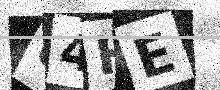
Text: 64HE